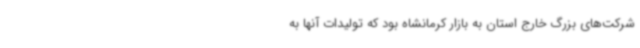
شرکت‌های بزرگ خارج استان به بازار کرمانشاه بود که تولیدات آنها به